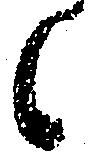
候